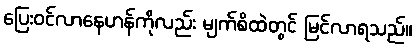
ပြေးဝင်လာနေဟန်ကိုလည်း မျက်စိထဲတွင် မြင်လာရသည်။